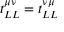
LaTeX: t _ { L L } ^ { \mu \nu } = t _ { L L } ^ { \nu \mu }